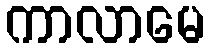
ကာလာမေ